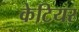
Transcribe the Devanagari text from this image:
केटियर